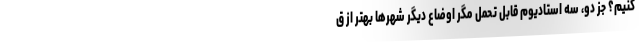
کنیم؟ جز دو، سه استادیوم قابل تحمل مگر اوضاع دیگر شهرها بهتر از ق